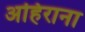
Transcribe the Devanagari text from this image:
अहिराना